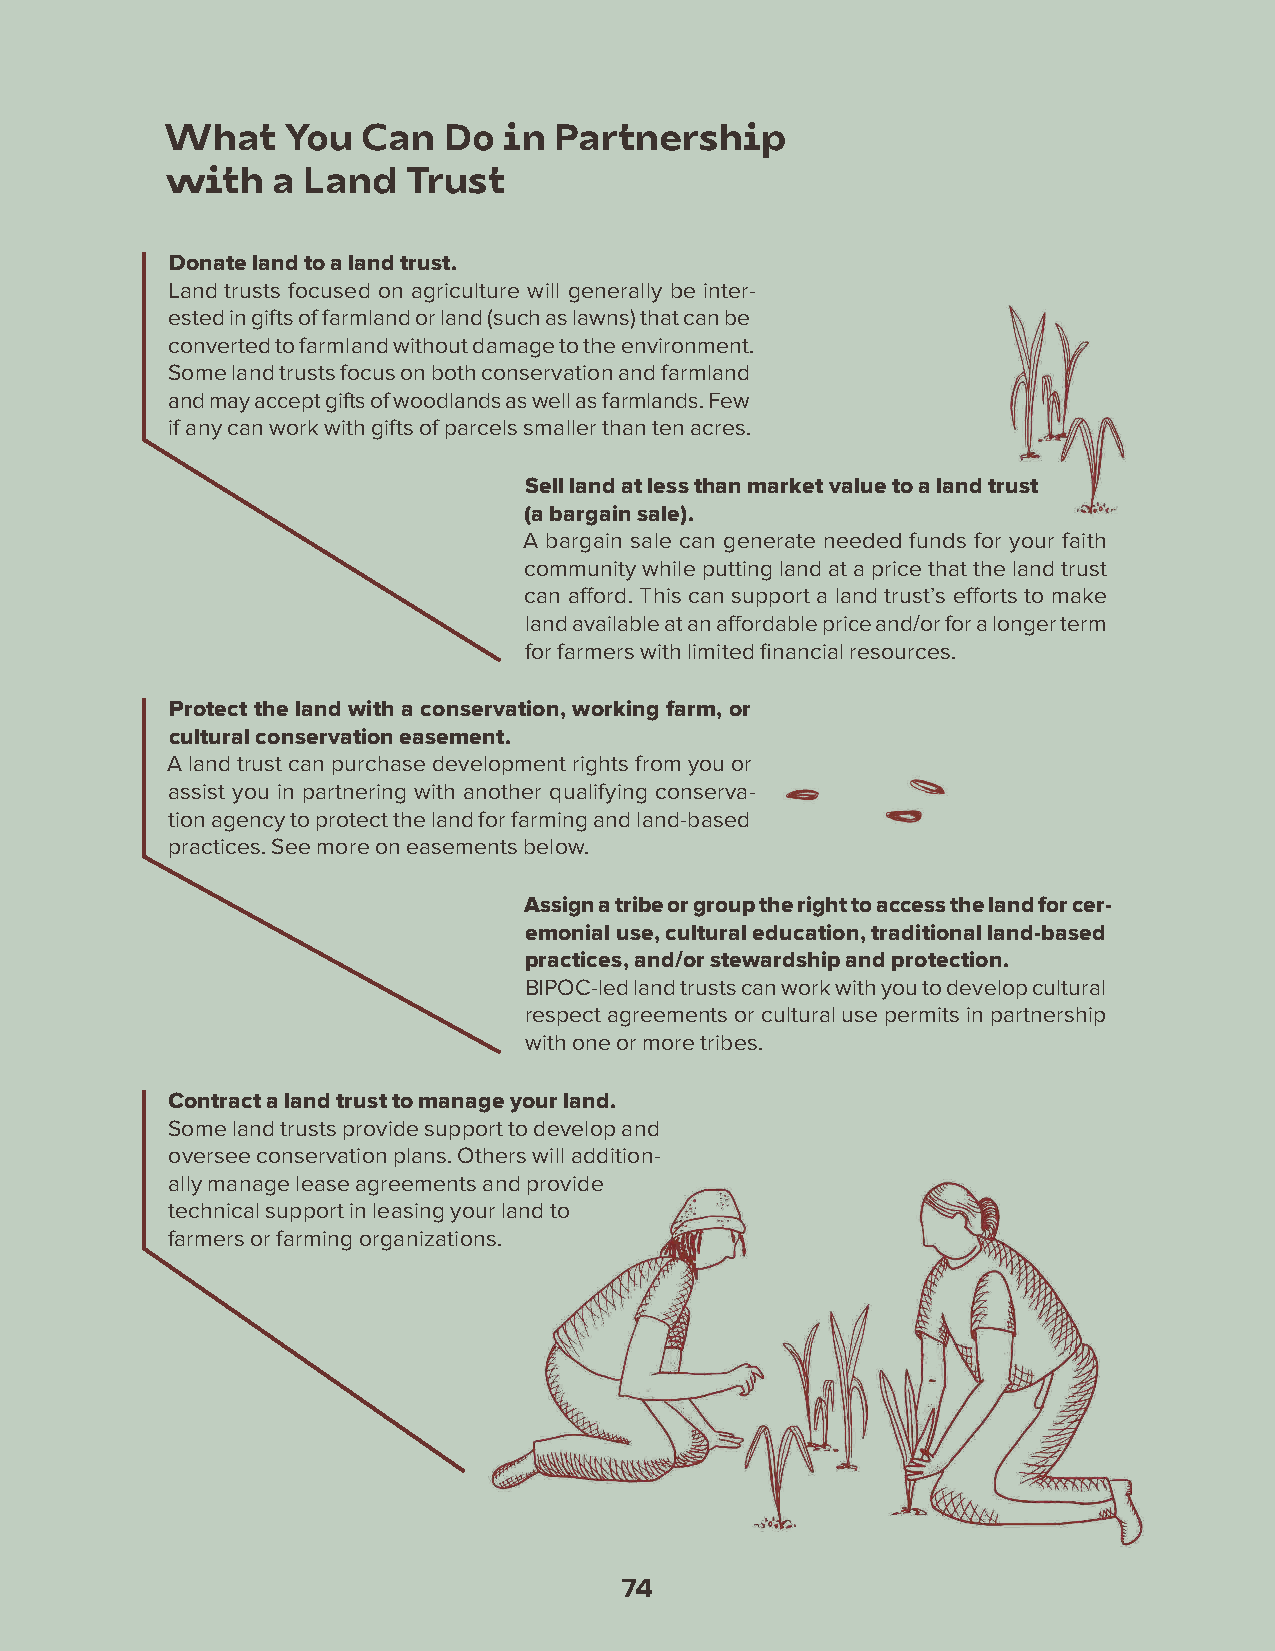
What    You  Can  Do  in  Partnership
 with   a Land   Trust
 Donate land to a land trust.
 Land trusts focused on agriculture will generally be inter-
 ested in gifts of farmland or land (such as lawns) that can be
 converted to farmland without damage to the environment.
 Some land trusts focus on both conservation and farmland
 and may accept gifts of woodlands as well as farmlands. Few
 if any can work with gifts of parcels smaller than ten acres.
 Sell land at less than market value to a land trust
 (a bargain sale).
 A bargain sale can generate needed funds for your faith
 community while putting land at a price that the land trust
 can afford. This can support a land trust’s efforts to make
 land available at an affordable price and/or for a longer term
 for farmers with limited financial resources.
 Protect the land with a conservation, working farm, or
 cultural conservation easement.
 A land trust can purchase development rights from you or
 assist you in partnering with another qualifying conserva-
 tion agency to protect the land for farming and land-based
 practices. See more on easements below.
 Assign a tribe or group the right to access the land for cer-
 emonial use, cultural education, traditional land-based
 practices, and/or stewardship and protection.
 BIPOC-led land trusts can work with you to develop cultural
 respect agreements or cultural use permits in partnership
 with one or more tribes.
 Contract a land trust to manage your land.
 Some land trusts provide support to develop and
 oversee conservation plans. Others will addition-
 ally manage lease agreements and provide
 technical support in leasing your land to
 farmers or farming organizations.
 74